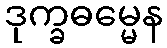
ဒုက္ခဓမ္မေန